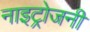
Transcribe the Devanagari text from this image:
नाइट्रोजनी